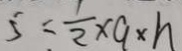
5 = \frac { 1 } { 2 } \times g \times h